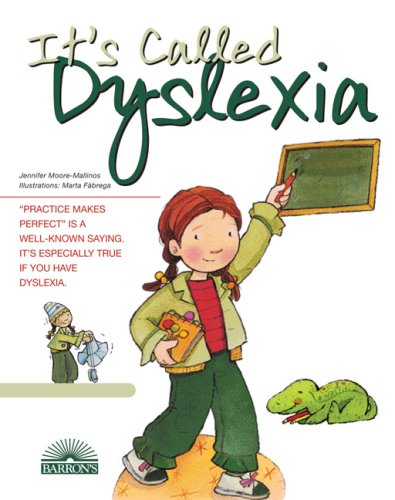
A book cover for It's Called Dyslexia (Live and Learn Series); Jennifer Moore-Mallinos; Health, Fitness & Dieting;